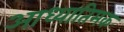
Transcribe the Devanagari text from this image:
आध्यातिमक